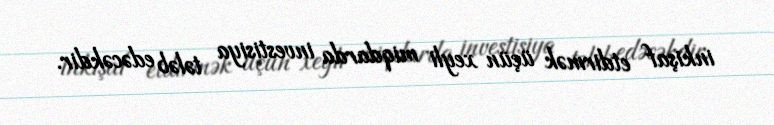
inkişaf etdirmək üçün xeyli miqdarda investisiya tələb edəcəkdir.